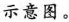
示意图。